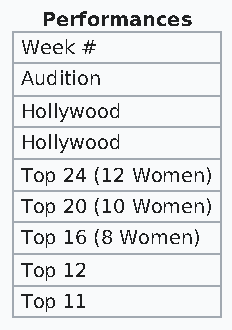
Performances
 Week #
 Audition
 Hollywood
 Hollywood
 Top 24 (12 Women)
 Top 20 (10 Women)
 Top 16 (8 Women)
 Top 12
 Top 11